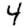
Digit: 4